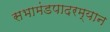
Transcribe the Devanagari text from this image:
सभामंडपादरम्यान